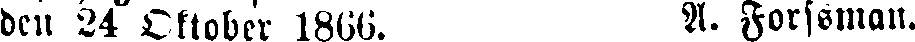
den 24 Oktober 1866. A. Forssman.